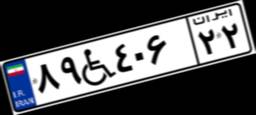
۸۹W۴۰۶۲۲